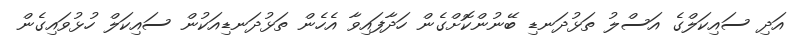
އަދި ސައިކަލްގެ އަސްލު ތަޅުދަނޑި ބޭނުންކޮށްގެން ހަދާފައިވާ އެހެން ތަޅުދަނޑިއަކުން ސައިކަލް ހުޅުވައިގެން